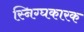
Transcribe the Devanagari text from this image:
स्निग्घकारक